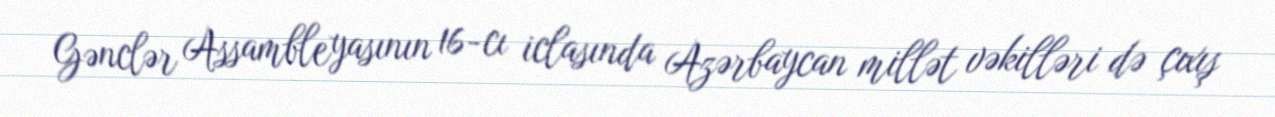
Gənclər Assambleyasının 16-cı iclasında Azərbaycan millət vəkilləri də çıxış